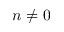
n \neq 0